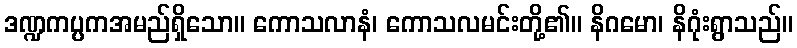
ဒဏ္ဍကပ္ပကအမည်ရှိသော။ ကောသလာနံ၊ ကောသလမင်းတို့၏။ နိဂမော၊ နိဂုံးရွာသည်။